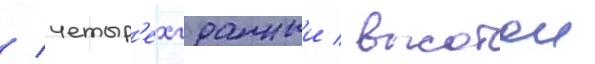
/ четыр'ехгранныи / высотои